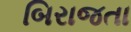
બિરાજતા